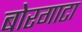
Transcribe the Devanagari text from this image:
बोरगाटा